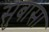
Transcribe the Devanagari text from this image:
सुबासा